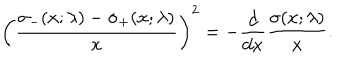
\left( { \frac { \sigma _ { - } ( x ; \lambda ) - \sigma _ { + } ( x ; \lambda ) } { x } } \right) ^ { 2 } = - { \frac { d } { d x } } { \frac { \sigma ( x ; \lambda ) } { x } } .